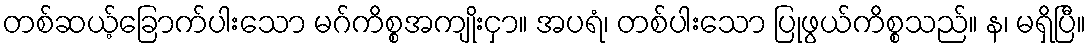
တစ်ဆယ့်ခြောက်ပါးသော မဂ်ကိစ္စအကျိုးငှာ။ အပရံ၊ တစ်ပါးသော ပြုဖွယ်ကိစ္စသည်။ န၊ မရှိပြီ။